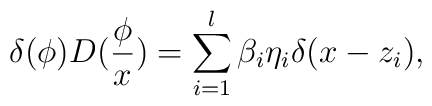
\delta (\phi )D(\frac \phi x)=\sum\limits_{i=1}^l\beta _i\eta _i\delta(x-z_i),